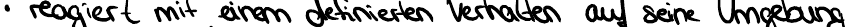
reagiert mit einem definierten Verhalten auf seine Umgebung